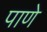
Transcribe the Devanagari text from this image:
पाणे